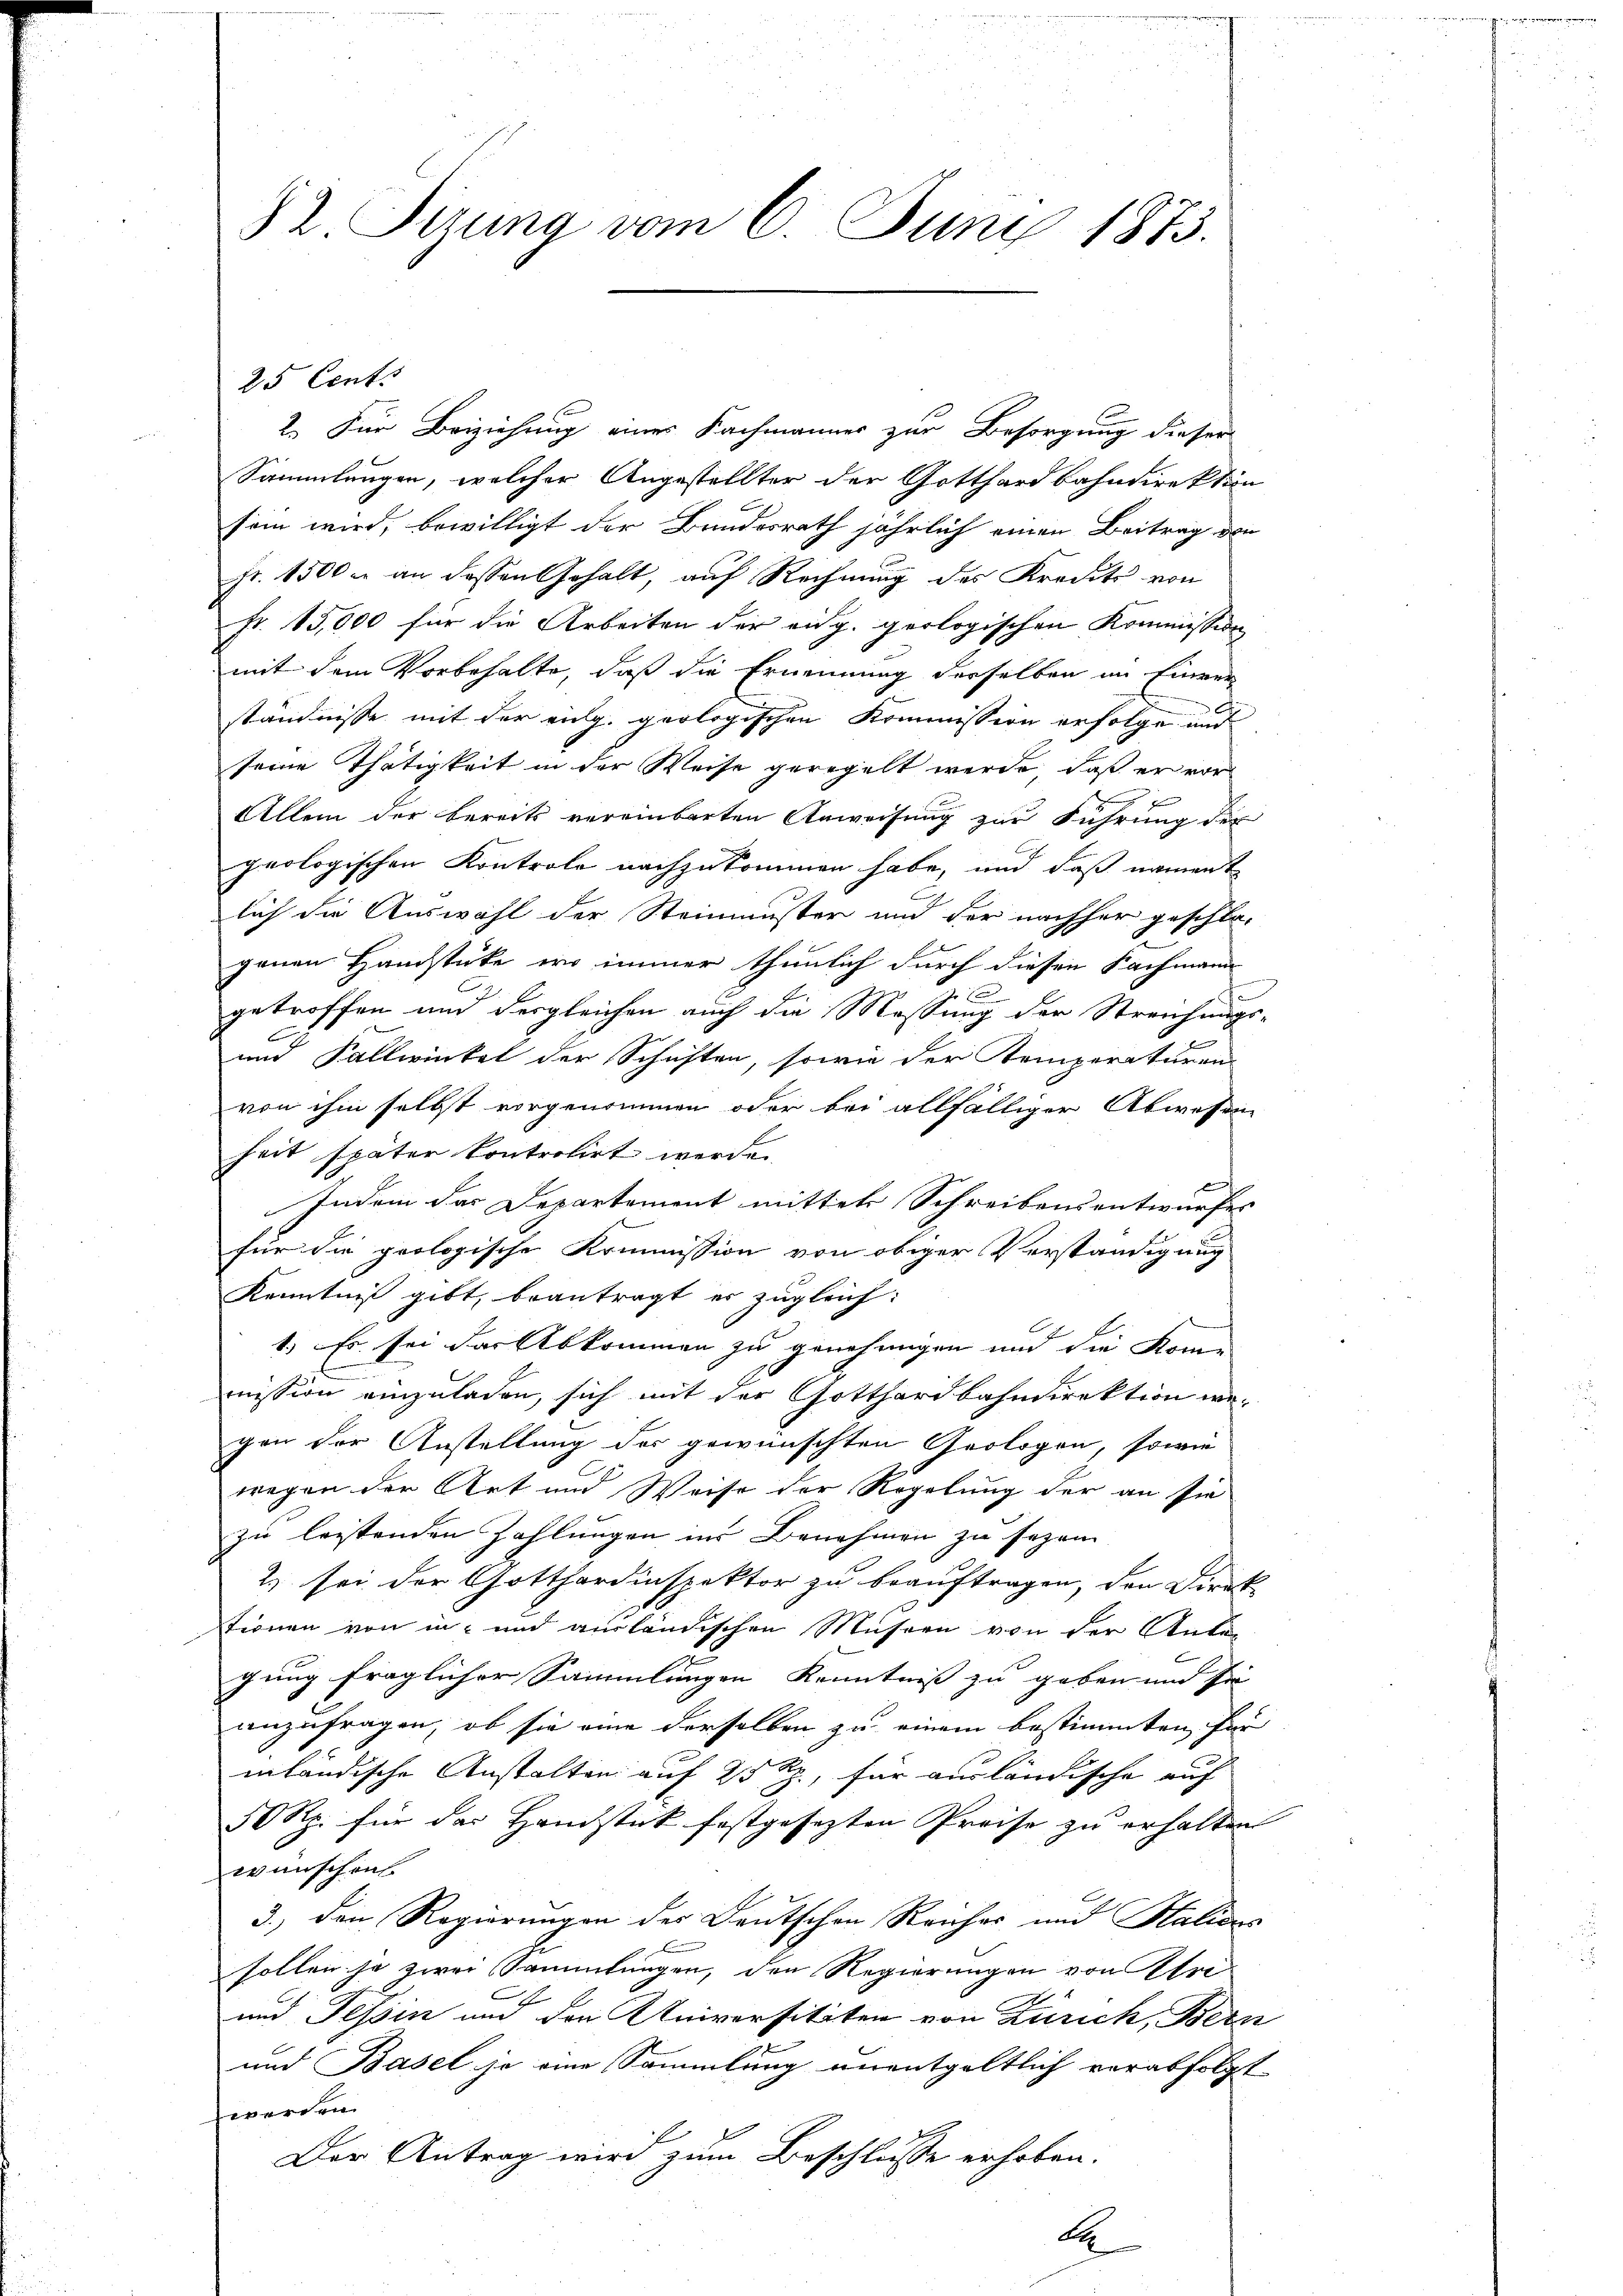
82. Sizung vom 6. Juni 1873.

2.) Für Beiziehung eines Fachmanner zur Besorgung dieser
Sammlungen, welcher Angestellter der Gotthardbahndirektion
sein wird, bewilligt der Bundesrath jährlich einen Beitrag von
Fr. 1500 u. an dessen Gehalt, auf Rechnung des Kredits von
fr. 15,000 für die Arbeiten der eidg. geologischen Kommission
mit dem Vorbehalte, daß die Ernennung derselben an Einver-
ständnisse mit der eing. geologischen Kommission erfolge und
seine Thätigkeit in der Weise geregelt werde, daß er vor
f
Allein der bereits vereinbarten Anweisung zur Führung der
geologischen Kontrole nachzukommen habe, und daß nament
lich die Auswahl der Steinmuster und der nachher geschlo-
genen Handstücke, wo immer thunlich durch diesen Fachmann
getroffen und dergleichen auch die Messung der Streichungs-
und Sallwinkel der Schiften, sowie der Kemperaturen-
von ihm selbst vorgenommen oder bei allfälliger Abwesen
heit später kontrolirt werde.
s
Indem das Departement mittel Schreibensentwurfes
für die prologische Kommission von obiger Verständigung
Kenntniß gibt, beantragt er zugleich:
C
1.) Es sei das Abkommen zu genehmigen und die Kom
mission einzuladen, sich mit der Gotthardbahndirektion wegen der Anstellung der gewünschten Geologen, sowie
wegen der Art und Weise der Regelung der an sie
zu leistenden Zahlungen ins Benehmen zu sezen
2) sei der Gotthardinspektor zu beauftragen, den Direk
tionen von in und ausländischen Musern von der Anta-
gung fraglicher Sammlungen Kenntnis zu geben und sie
anzufragen, ob sie eine derselben zu einem bestimmten für
inländische Anstalten auf 25 Rp., für ausländische auf
50 Rp. für das Handstück festgesezten Preise zu erhalten
wünschen
3.) den Regierungen des Deutschen Reiches und Haliens
sollen ja zwei Sammlungen, den Regierungen von Ihre¬
und Tessin und den Universitäten von Zürich, Bern
und Basel je eine Sammlung unentgeltlich verabfolgt
werden.
Der Antrag wird zum Beschlusse erhoben.
A

25 Cents